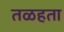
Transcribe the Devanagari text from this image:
तळहता